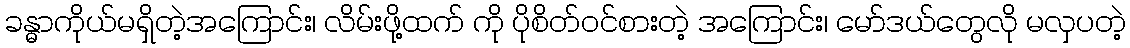
ခန္ဓာကိုယ်မရှိတဲ့အကြောင်း၊ လိမ်းဖို့ထက် ကို ပိုစိတ်ဝင်စားတဲ့ အကြောင်း၊ မော်ဒယ်တွေလို မလှပတဲ့